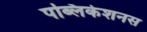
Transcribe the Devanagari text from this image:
पब्लिकेशनस